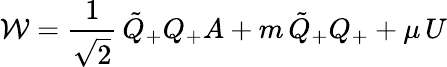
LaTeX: {\cal{W}}=\frac{1}{\sqrt{2}}\, \tilde{Q}_{+}Q_{+}A+m\, \tilde{Q}_{+}Q_{+}+\mu\, U